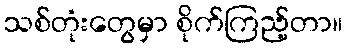
သစ်တုံးတွေမှာ စိုက်ကြည့်တာ။